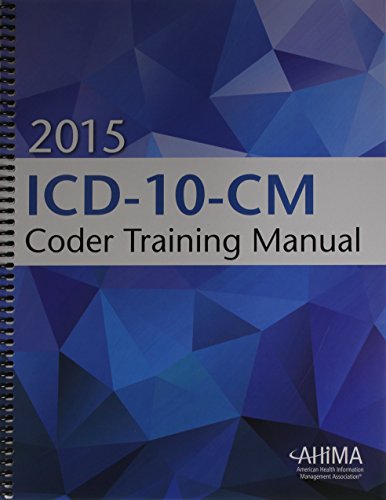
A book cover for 2015 ICD-10-CM Coder Training Manual; AHIMA; Medical Books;